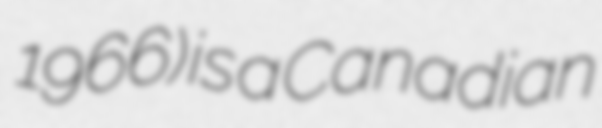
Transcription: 1966) is a Canadian